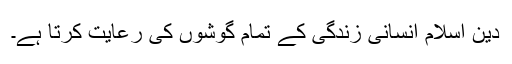
دین ِاسلام انسانی زندگی کے تمام گوشوں کی رعایت کرتا ہے۔